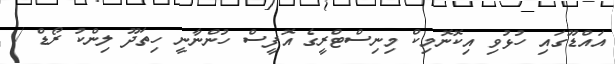
އައްޑޫގައި ހުޅުވި އިކޮނޮމިކް މިނިސްޓްރީގެ އޮފީސް ހުންނާނީ ހިތަދޫ ލިންކު ރޯޑް /